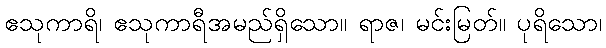
ဧသုကာရိ၊ ဧသုကာရီအမည်ရှိသော။ ရာဇ၊ မင်းမြတ်။ ပုရိသော၊